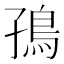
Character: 𮬪